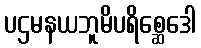
ပဌမနယဘူမိပရိစ္ဆေဒေါ